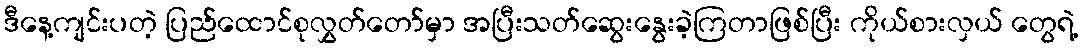
ဒီနေ့ကျင်းပတဲ့ ပြည်ထောင်စုလွှတ်တော်မှာ အပြီးသတ်ဆွေးနွေးခဲ့ကြတာဖြစ်ပြီး ကိုယ်စားလှယ် တွေရဲ့